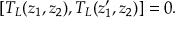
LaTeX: [ T _ { L } ( z _ { 1 } , z _ { 2 } ) , T _ { L } ( z _ { 1 } ^ { \prime } , z _ { 2 } ) ] = 0 .